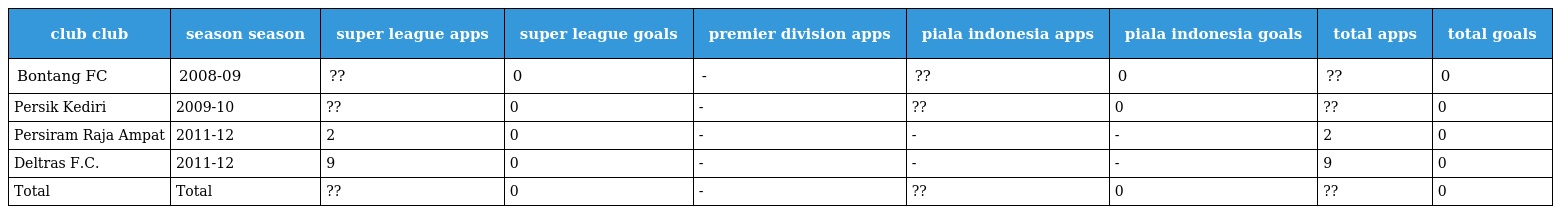
| club club | season season | super league apps | super league goals | premier division apps | piala indonesia apps | piala indonesia goals | total apps | total goals |
 | --- | --- | --- | --- | --- | --- | --- | --- | --- |
 | Bontang FC | 2008-09 | ?? | 0 | - | ?? | 0 | ?? | 0 |
 | Persik Kediri | 2009-10 | ?? | 0 | - | ?? | 0 | ?? | 0 |
 | Persiram Raja Ampat | 2011-12 | 2 | 0 | - | - | - | 2 | 0 |
 | Deltras F.C. | 2011-12 | 9 | 0 | - | - | - | 9 | 0 |
 | Total | Total | ?? | 0 | - | ?? | 0 | ?? | 0 |